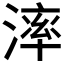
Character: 𣼧